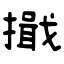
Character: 擑